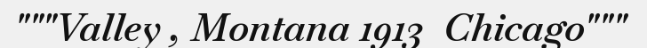
"""Valley , Montana 1913  Chicago"""